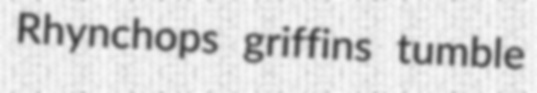
Rhynchops griffins tumble